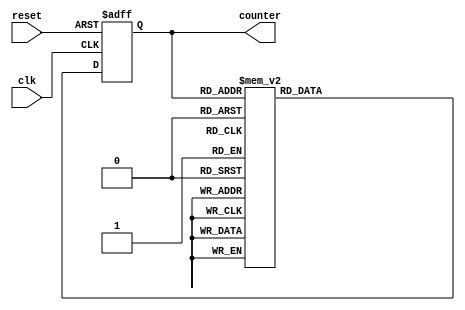
module johnson_counter (
    input wire clk,          // Clock input
    input wire reset,        // Reset signal
    output reg [3:0] counter // 4-bit Johnson counter output
);

reg [3:0] next_state;

always @ (posedge clk or posedge reset) begin
    if (reset) begin
        counter <= 4'b0000; // Reset counter to initial state
    end else begin
        counter <= next_state; // Update counter with next state
    end
end

always @ (*) begin
    case(counter)
        4'b0000: next_state = 4'b0001; // Define the next states based on current state
        4'b0001: next_state = 4'b0011;
        4'b0011: next_state = 4'b0110;
        4'b0110: next_state = 4'b1100;
        4'b1100: next_state = 4'b1001;
        4'b1001: next_state = 4'b0010;
        4'b0010: next_state = 4'b0101;
        4'b0101: next_state = 4'b1011;
        4'b1011: next_state = 4'b0111;
        4'b0111: next_state = 4'b1110;
        4'b1110: next_state = 4'b1101;
        4'b1101: next_state = 4'b1010;
        4'b1010: next_state = 4'b0100;
        4'b0100: next_state = 4'b1000;
        4'b1000: next_state = 4'b0000;
        default: next_state = 4'b0000;
    endcase
end

endmodule